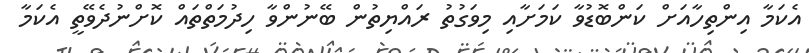
އެކަމާ އިންތިހާއަށް ކަންބޮޑުވާ ކަމަށާއި މިވަގުތު ރައްޔިތުން ބޭނުންވާ ހިދުމަތްތައް ކޮށްނުދެވޭތީ އެކަމާ